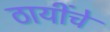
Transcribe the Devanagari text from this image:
ठायींचे